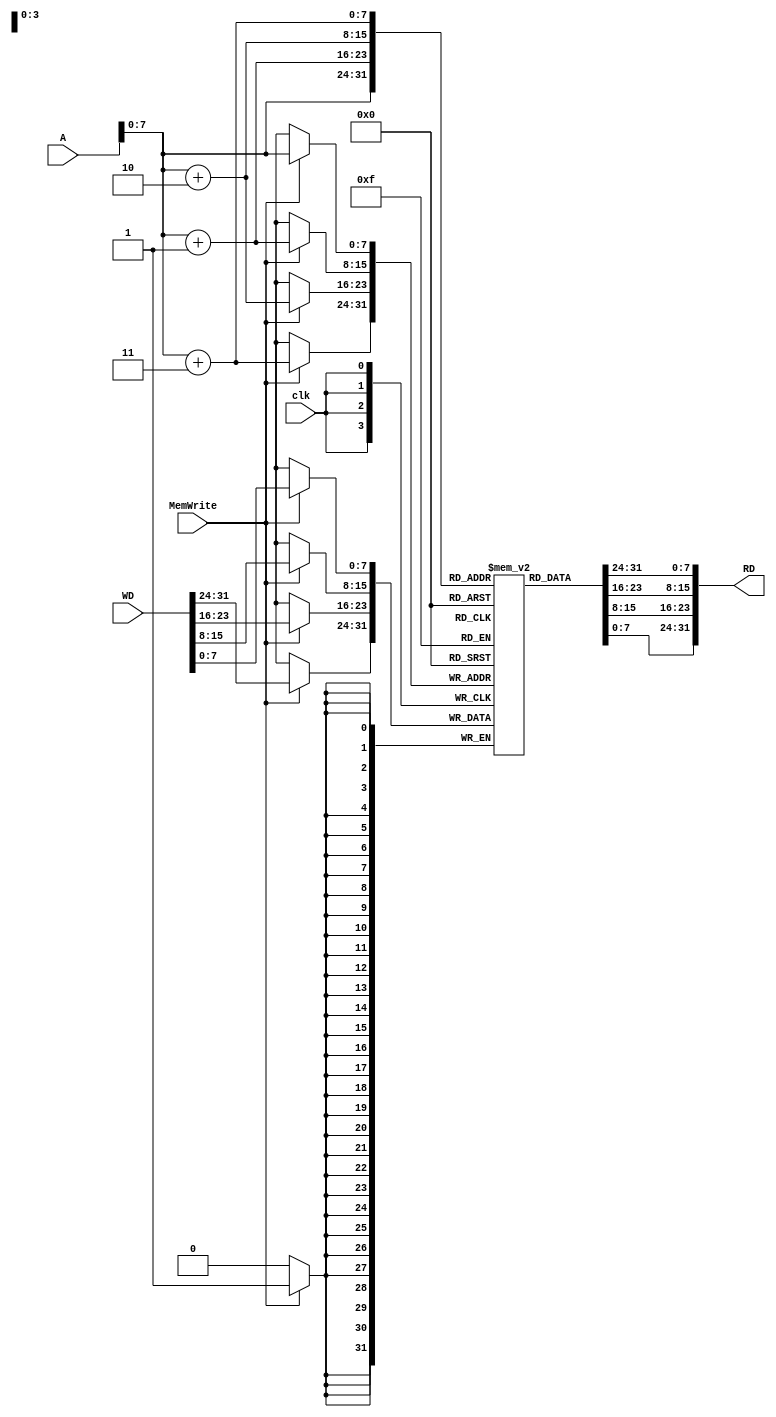
module Data_Memory(clk, MemWrite, A, WD, RD);

input clk, MemWrite; 
input [31:0] A, WD;
output reg [31:0] RD;   
 
integer i; 
reg [7:0] data_mem [255:0]; // data memory has 256 memory slots of 8 bits 

initial begin 
			data_mem[0] = 8'b0;
			data_mem[1] = 8'b0;
			data_mem[2] = 8'b0;
			data_mem[3] = 8'b0;	   
			data_mem[4] = 8'b1;
			data_mem[5] = 8'b0;
			data_mem[6] = 8'b0;
			data_mem[7] = 8'b0;		
			data_mem[8] = 8'b10;
			data_mem[9] = 8'b0;
			data_mem[10] = 8'b0;
			data_mem[11] = 8'b0;		
			data_mem[12] = 8'b11;
			data_mem[13] = 8'b0;
			data_mem[14] = 8'b0;
			data_mem[15] = 8'b0;	

			for (i=16; i<256; i=i+1) 
				begin 
				data_mem[i] = i;
				end
end


// data is written sequentially 
always @(posedge clk) 
begin 
	if (MemWrite) 
		{data_mem[A+3], data_mem[A+2], data_mem[A+1], data_mem[A]} <= WD;
end 

// data is read combinationally 
always @(A)
begin 
	RD = {data_mem[A+3], data_mem[A+2], data_mem[A+1], data_mem[A]}; 
end 
endmodule